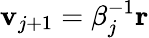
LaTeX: \mathbf{v}_{j+1}=\beta_{j}^{-1}\mathbf{r}